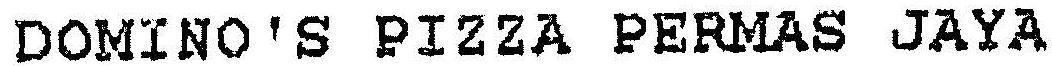
DOMINO'S PIZZA PERMAS JAYA